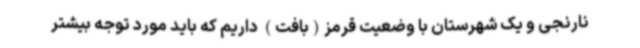
نارنجی و یک شهرستان با وضعیت قرمز(بافت) داریم که باید مورد توجه بیشتر